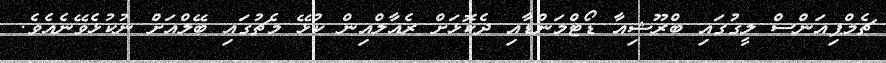
ޗެމްޕިއަންސް ލީގުގައި ބްރޫޝިއާ ޑޯޓްމަންޑާއި ދެކޮޅަށް ރެއާލްއިން ކުޅޭ މެޗުގައި ބޭލްއަށް ނުކުޅެވޭނެއެވެ.